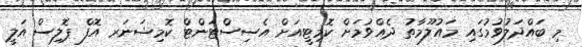
މި ބައްދަލުވުމުގައި މައުލޫމާތު ދެއްވުމަށް ކޮމިޓީއަށް އެސިސްޓަންޓް ކޮމިޝަނަރ އޮފް ޕޮލިސް އަލީ